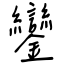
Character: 鑾